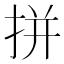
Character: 拼